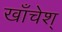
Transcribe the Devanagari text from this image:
खाँचेश्